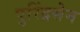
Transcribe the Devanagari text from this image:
पुरिंद्रसेन